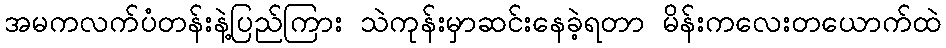
အမကလက်ပံတန်းနဲ့ပြည်ကြား သဲကုန်းမှာဆင်းနေခဲ့ရတာ မိန်းကလေးတယောက်ထဲ